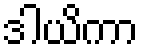
ဒါယိကာ